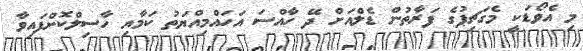
މި އެވޯޑަކީ މެގަޗިޕުގެ ފަރާތުން ޑެލްއަށް ދޭ ހާއްސަ އަހައްމިއްޔަތު ކަމާއި ހާސިލްކޮށްފައިވާ